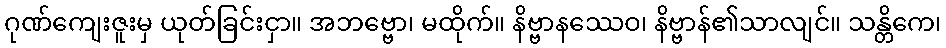
ဂုဏ်ကျေးဇူးမှ ယုတ်ခြင်းငှာ။ အဘဗ္ဗော၊ မထိုက်။ နိဗ္ဗာနဿေဝ၊ နိဗ္ဗာန်၏သာလျင်။ သန္တိကေ၊